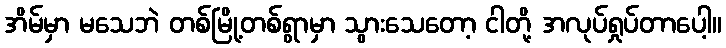
အိမ်မှာ မသေဘဲ တစ်မြို့တစ်ရွာမှာ သွားသေတော့ ငါတို့ အလုပ်ရှုပ်တာပေါ့။